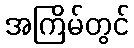
အကြိမ်တွင်